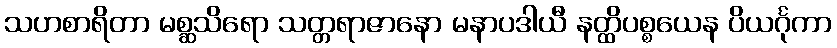
သဟစာရိတာ မစ္ဆသိရော သတ္တရာဇာနော မနာပဒါယီ နတ္ထိပစ္စယေန ပိယင်္ဂုကာ